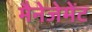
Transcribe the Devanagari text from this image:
मैनेजेमेंट